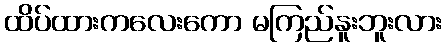
ထိပ်ထားကလေးကော မကြည်နူးဘူးလား